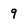
Character: 9